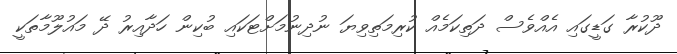
ދޫކުރާ ގަޑީގައި އެއްވެސް ދަތިކަމެއް ކުރިމަތިވިޔަ ނުދިނުމަށްޓަކައި ބުކިން ހަދާއިރު ދޭ މައުލޫމާތަކީ